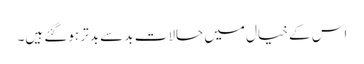
اس کے خیال میں حالات بد سے بدتر ہوگئے ہیں۔